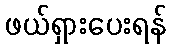
ဖယ်ရှားပေးရန်